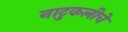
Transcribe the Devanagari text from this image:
नाटुकलीचे